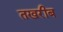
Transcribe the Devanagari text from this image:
तखरीब